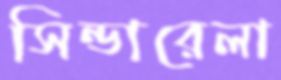
সিন্ডারেলা